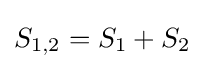
{S}_{1,2}={S}_{1}+{S}_{2}